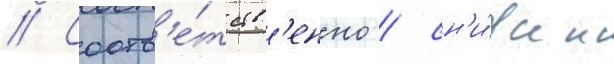
// Соотв'е́тств'енно / сн'и́жен